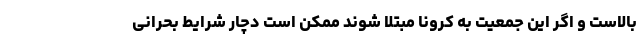
بالاست و اگر این جمعیت به کرونا مبتلا شوند ممکن است دچار شرایط بحرانی